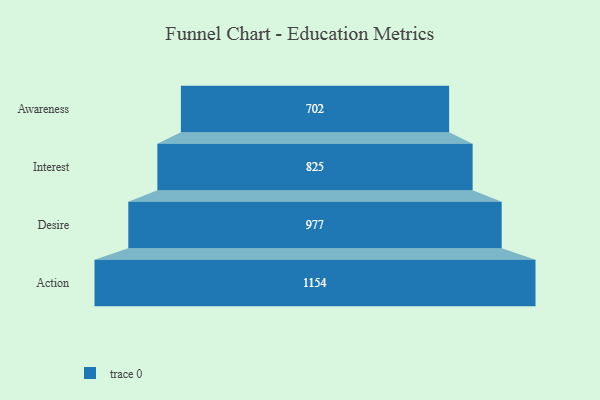
{"axis": {"x": "Stage", "y": "Value"}, "legend": [""], "data": [{"x": "Awareness", "y": 702.0, "type": ""}, {"x": "Interest", "y": 825.0, "type": ""}, {"x": "Desire", "y": 977.0, "type": ""}, {"x": "Action", "y": 1154.0, "type": ""}]}